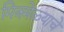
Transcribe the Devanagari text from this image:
मित्रमेळ्याचे